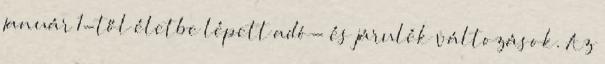
január 1-től életbe lépett adó- és járulék változások. Az